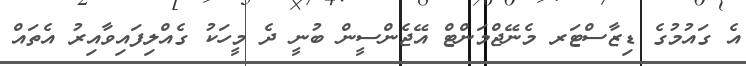
އެ ގައުމުގެ ޑިޒާސްޓަރ މެނޭޖްމަންޓް އޭޖެންސީން ބުނީ ދެ މީހަކު ގެއްލިފައިވާއިރު އެތައް